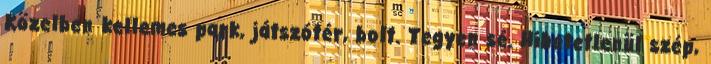
Közelben kellemes park, játszótér, bolt. Tegyen sé. Hihetetlenül szép,